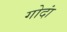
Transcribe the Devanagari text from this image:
गोदां